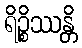
ရိဉ္စိဿန္တိ